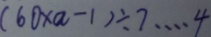
( 6 0 \times a - 1 ) \div 7 \cdots 4